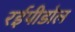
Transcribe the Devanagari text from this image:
रईपीडोल